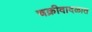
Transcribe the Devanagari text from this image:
चक्रीवादळात